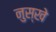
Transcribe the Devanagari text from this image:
नुस्‍खे